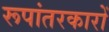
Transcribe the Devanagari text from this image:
रूपांतरकारों